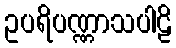
ဥပရိပဏ္ဏာသပါဠိ